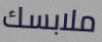
ملابسك